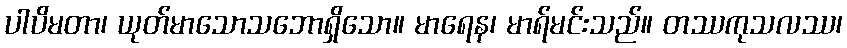
ပါပိမတာ၊ ယုတ်မာသောသဘောရှိသော။ မာရေန၊ မာရ်မင်းသည်။ တဿကုသလဿ၊